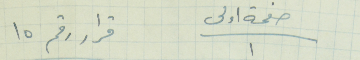
صفحة اولى/١           قرار رقم ١٥